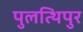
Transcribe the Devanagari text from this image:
पुलत्थिपुर